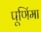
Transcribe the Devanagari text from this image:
पूणि॔मा